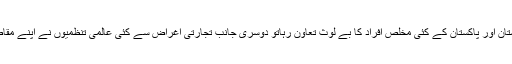
سائبر بستیاں آباد کرنے میں جہاں اردو کو ایک جانب ہندوستان اور پاکستان کے کئی مخلص افراد کا بے لوث تعاون رہاتو دوسری جانب تجارتی اغراض سے کئی عالمی تنظمیوں نے اپنے مقاصد کے لئے ہماری مادری زبان کے قافلہ میں شامل ہوئے۔